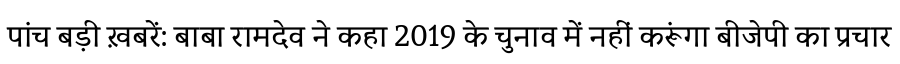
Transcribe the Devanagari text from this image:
पांच बड़ी ख़बरें: बाबा रामदेव ने कहा 2019 के चुनाव में नहीं करूंगा बीजेपी का प्रचार